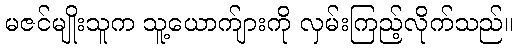
မဇင်မျိုးသူက သူ့ယောက်ျားကို လှမ်းကြည့်လိုက်သည်။